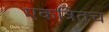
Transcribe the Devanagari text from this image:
एकत्रितच